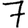
Digit: 7